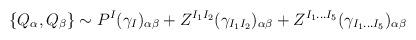
LaTeX: \begin{align*}\{Q_\alpha, Q_\beta\} \sim P^I (\gamma_I)_{\alpha \beta} + Z^{I_1 I_2}(\gamma_{I_1 I_2})_{\alpha \beta}+ Z^{I_1 \ldots I_5}(\gamma_{I_1 \ldots I_5})_{\alpha \beta}\end{align*}